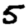
Digit: 5